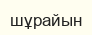
шұрайын